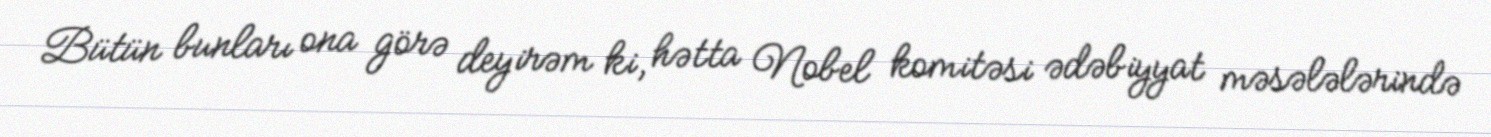
Bütün bunları ona görə deyirəm ki, hətta Nobel komitəsi ədəbiyyat məsələlərində